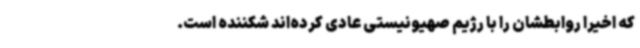
که اخیراً روابطشان را با رژیم صهیونیستی عادی کرده‌اند شکننده است.